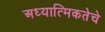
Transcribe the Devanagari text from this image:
अध्यात्मिकतेचे